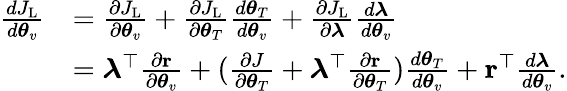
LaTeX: \begin{array}{rl}{\frac{dJ_{\mathrm{L}}}{d\boldsymbol{\theta}_{v}}}&{=\frac{\partial J_{\mathrm{L}}}{\partial\boldsymbol{\theta}_{v}}+\frac{\partial J_{\mathrm{L}}}{\partial\boldsymbol{\theta}_{T}}\frac{d\boldsymbol{\theta}_{T}}{d\boldsymbol{\theta}_{v}}+\frac{\partial J_{\mathrm{L}}}{\partial\boldsymbol{\lambda}}\frac{d\boldsymbol{\lambda}}{d\boldsymbol{\theta}_{v}}}\\ &{=\boldsymbol{\lambda}^{\top}\frac{\partial{\mathbf r}}{\partial\boldsymbol{\theta}_{v}}+(\frac{\partial J}{\partial\boldsymbol{\theta}_{T}}+\boldsymbol{\lambda}^{\top}\frac{\partial{\mathbf r}}{\partial\boldsymbol{\theta}_{T}})\frac{d\boldsymbol{\theta}_{T}}{d\boldsymbol{\theta}_{v}}+{\mathbf r}^{\top}\frac{d\boldsymbol{\lambda}}{d\boldsymbol{\theta}_{v}}.}\end{array}